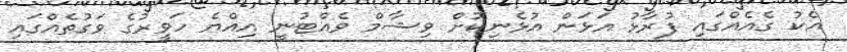
އެކު ގެއެއްގައި ފުރާޅު އަޅަން އުޅެނިކޮށް ވިޝާމް ވެއްޓުނީ އިއްޔެ ހަވީރުގެ ވަގުތެއްގައި